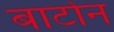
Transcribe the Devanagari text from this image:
बार्टोन